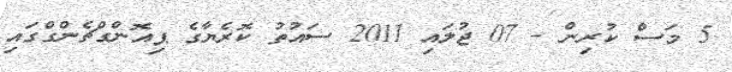
5 މަސް ކުރިން - 07 ޖުލައި 2011 ސައުތު ކޮރެޔާގެ ޕިއޮންގްޗެންގްގައި